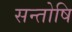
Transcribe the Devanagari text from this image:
सन्तोषि